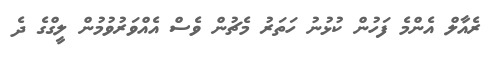
ރެއާލް އެންމެ ފަހުން ކުޅުނު ހަތަރު މެޗުން ވެސް އެއްވަރުވުމުން ލީގްގެ ދެ